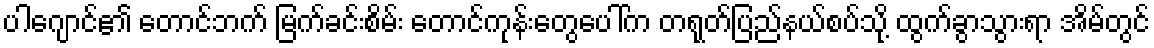
ပါဂျောင်၏ တောင်ဘက် မြက်ခင်းစိမ်း တောင်ကုန်းတွေပေါ်က တရုတ်ပြည်နယ်စပ်သို့ ထွက်ခွာသွားရာ အိမ်တွင်